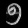
Digit: ၅